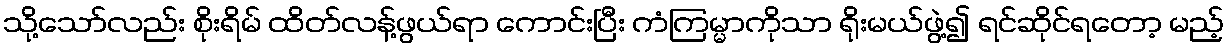
သို့သော်လည်း စိုးရိမ် ထိတ်လန့်ဖွယ်ရာ ကောင်းပြီး ကံကြမ္မာကိုသာ ရိုးမယ်ဖွဲ့၍ ရင်ဆိုင်ရတော့ မည့်